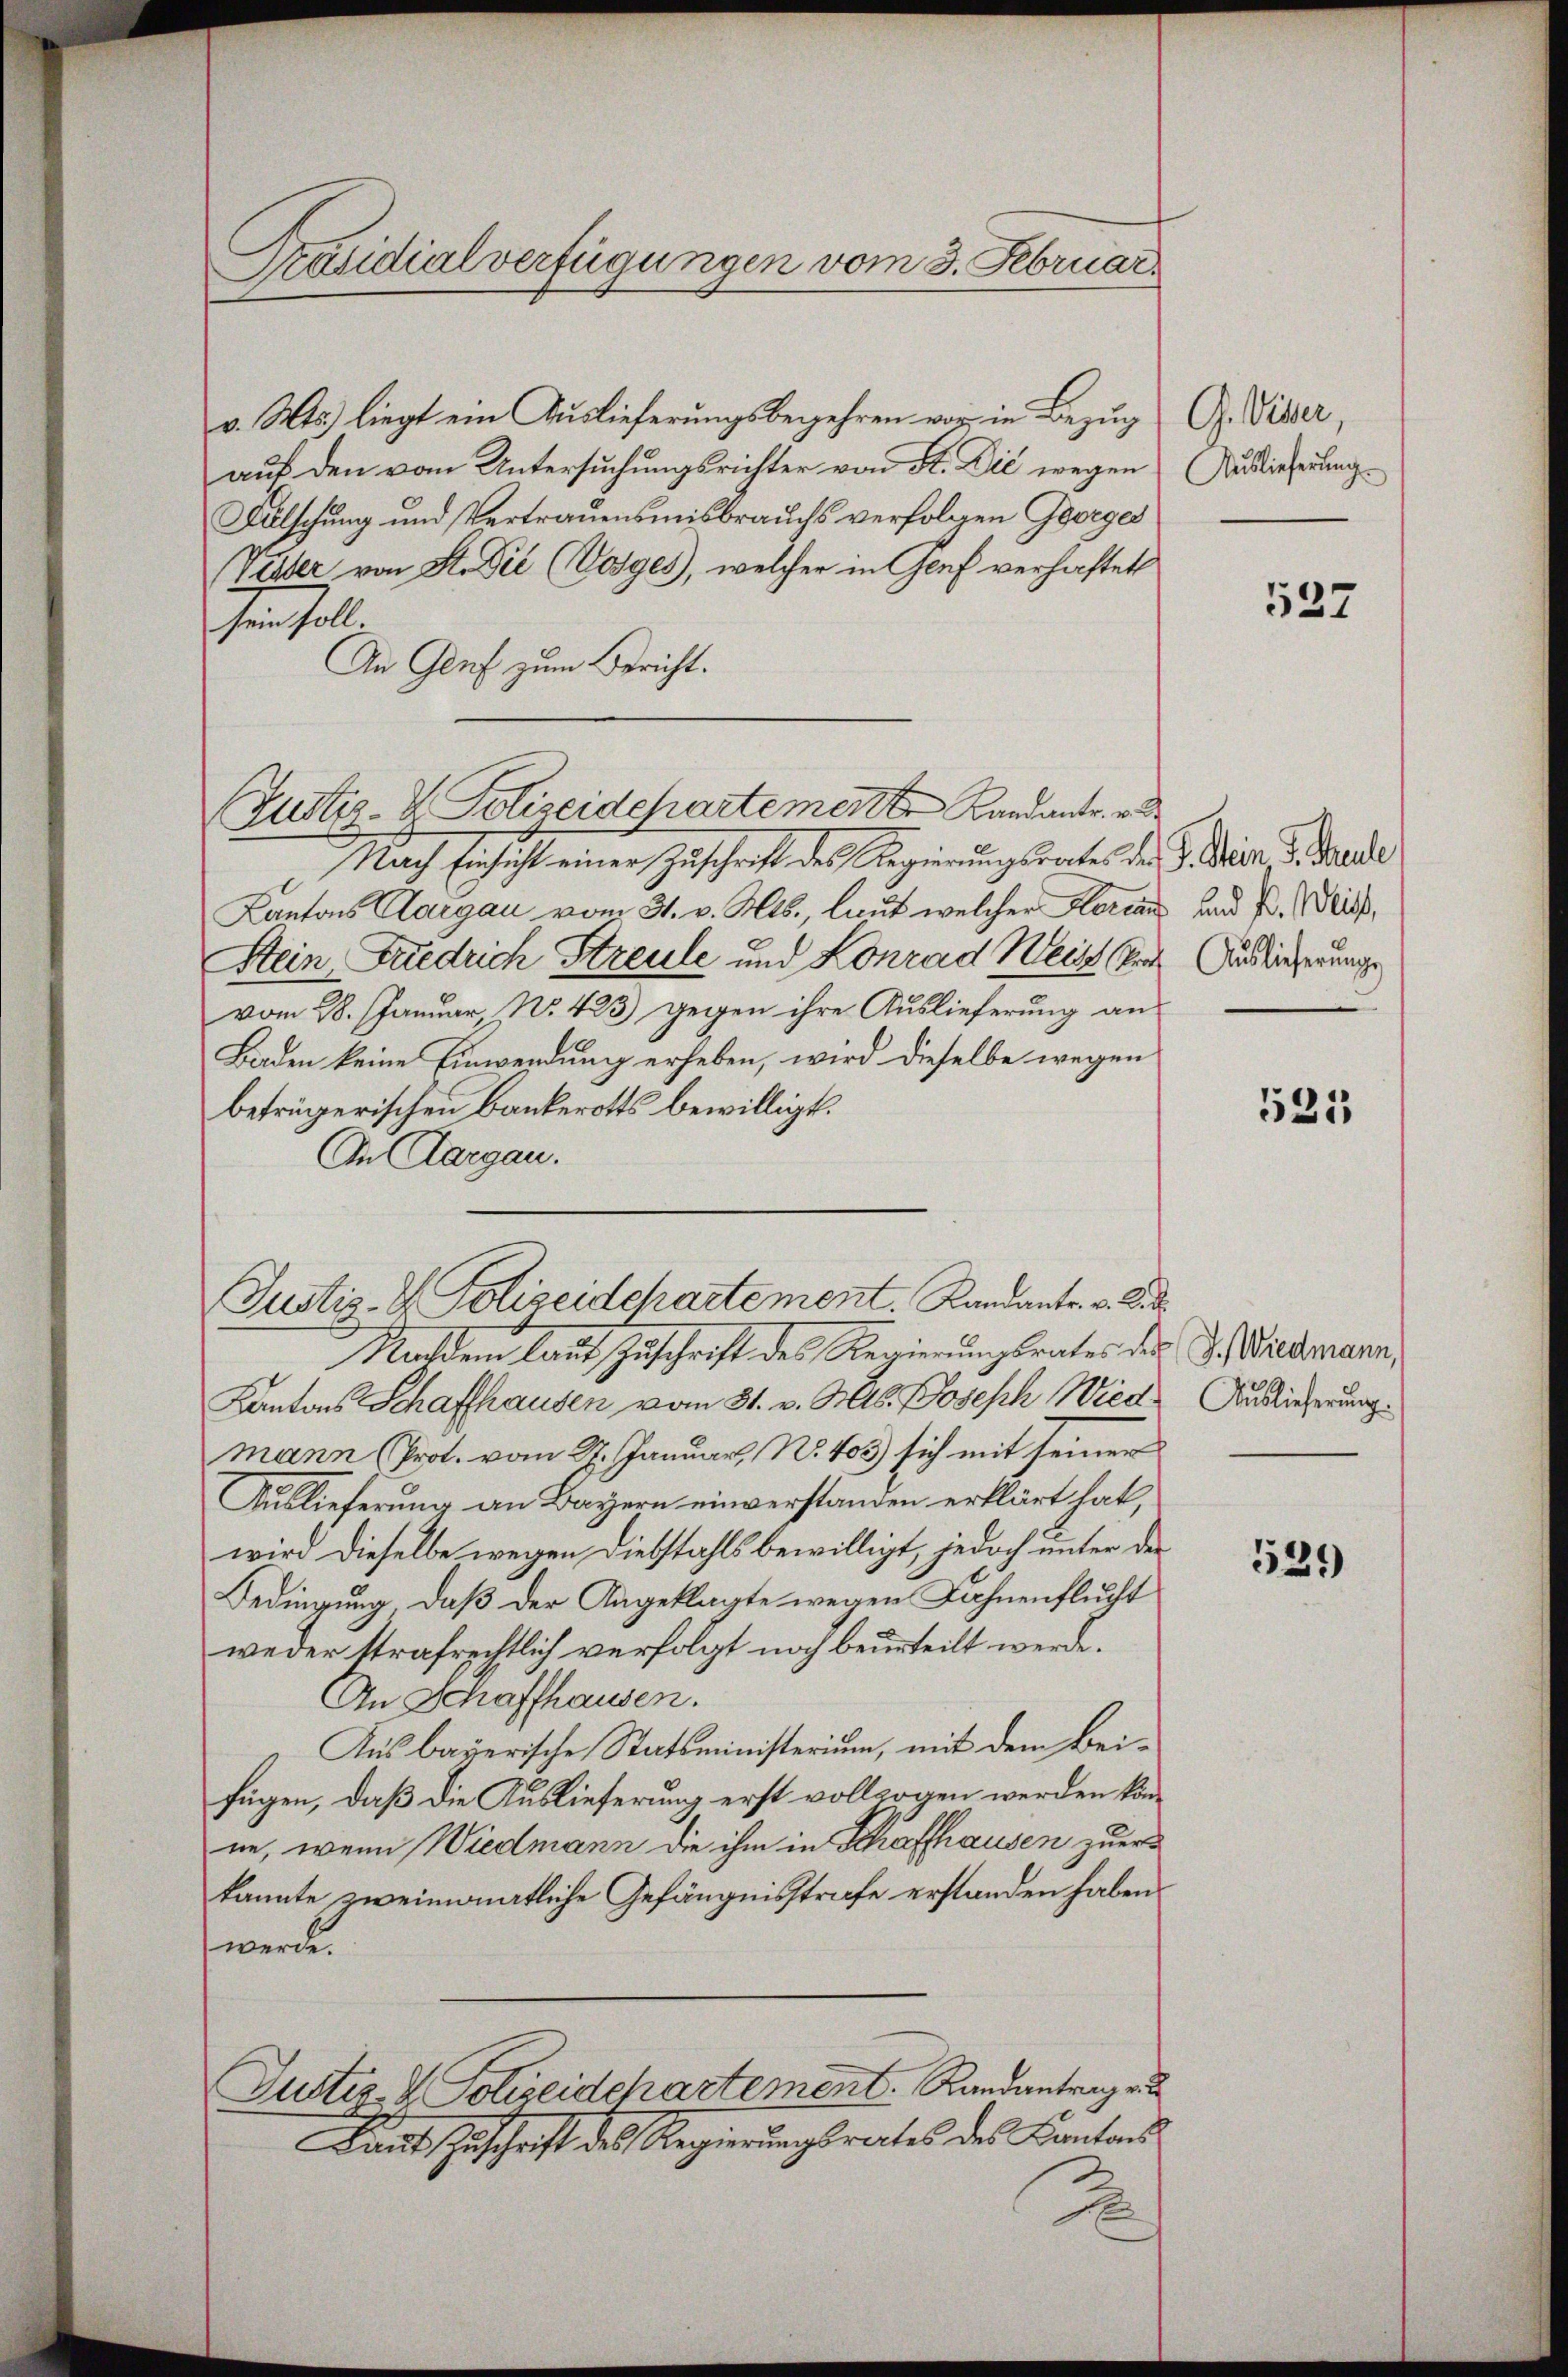
v. Mts. liegt ein Auslieferungsbegehren vor, in Bezug
auf den vom Untersuchungsrichter von St. Die wegen
Falschung und Vertrauensmisbrauchs verfolgen Georges
Vetter von St. Die Vorges, welcher in Genf verhaftet
sein soll
An Genf zum Bericht.
Nach Einsicht einer Zuschrift des Regierungsrates der G. Mein S. Baude
Kantons Aargau vom 31. v. Mts., laut welcher Hertan und P. ließ,
Stein, Friedrich Streule und Konrad Weiss der Auslicherung
vom 28. Januar, No. 423) gegen ihre Auslieferung an
Baden keine Einwendung erheben, wird dieselbe wegen
betrügerischen Bankerotts bewilligt.
An Aargau.
Nachdem laut Zuschrift des Regierungsrates des J. Wiedermann,
Kantons Schaffhausen vom 31. v. Mts. Joseph Wiede Auslieferung.
mann (Prot. vom 27. Januar, No. 403) sich mit seiner
Auslieferung an Bayern einverstanden erklärt hat,
wird dieselbe wegen Diebstahls bewilligt, jedoch unter der
Bedingung, daß der Angeklagte wegen Fahnenflucht
weder Strafrechtlich verfolgt noch beurteilt werde.
An Schaffhausen.
Aus bayerische Statsministerium, mit dem Beifügen, daß die Auslieferung erst vollzogen werden könne, wenn Wiedmann die ihm in Schaffhausen zuer
kannte zweimonatliche Gefängnisstrafe erstanden haben.
twerde.
Justiz- & Schreidchartement. Randantrage
Laut Zuschrift des Regierungsrectes des Cantons
2

Präsidialverfügungen vom 3. Februar.

Justiz- & Polizeidepartemente Landanter.

Justiz- & Polizeidchartement. Randants. v. Si

G. Dieser,
Auslieferung

537

521

529